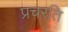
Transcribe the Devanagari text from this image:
प्रचरति